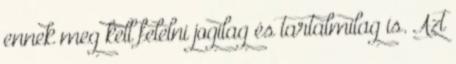
ennek meg kell felelni jogilag és tartalmilag is. Azt